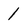
Character: 1